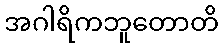
အဂါရိကဘူတောတိ